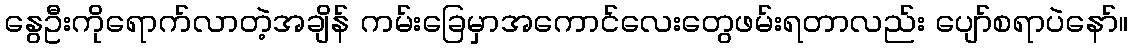
နွေဦးကိုရောက်လာတဲ့အချိန် ကမ်းခြေမှာအကောင်လေးတွေဖမ်းရတာလည်း ပျော်စရာပဲနော်။